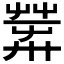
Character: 𦱴